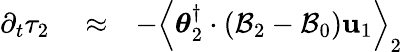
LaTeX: \begin{array}{rlr}{\partial_{t}\tau_{2}}&{{}\approx}&{-\left\langle\boldsymbol{\theta}_{2}^{\dagger}\cdot\left({\cal B}_{2}-{\cal B}_{0}\right)\mathbf{u}_{1}\right\rangle_{2}}\end{array}